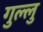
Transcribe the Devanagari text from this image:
गुल्लु